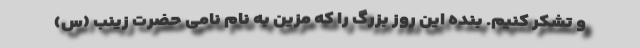
و تشکر کنیم. بنده این روز بزرگ را که مزین به نام نامی حضرت زینب (س)